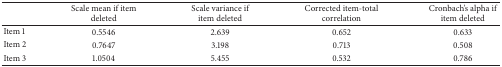
|  | Scale mean if item deleted | Scale variance if item deleted | Corrected item-total correlation | Cronbach's alpha if item deleted |
 | --- | --- | --- | --- | --- |
 | Item 1 | 0.5546 | 2.639 | 0.652 | 0.633 |
 | Item 2 | 0.7647 | 3.198 | 0.713 | 0.508 |
 | Item 3 | 1.0504 | 5.455 | 0.532 | 0.786 |